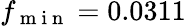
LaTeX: f_{\mathrm{~m~i~n~}}=0.0311